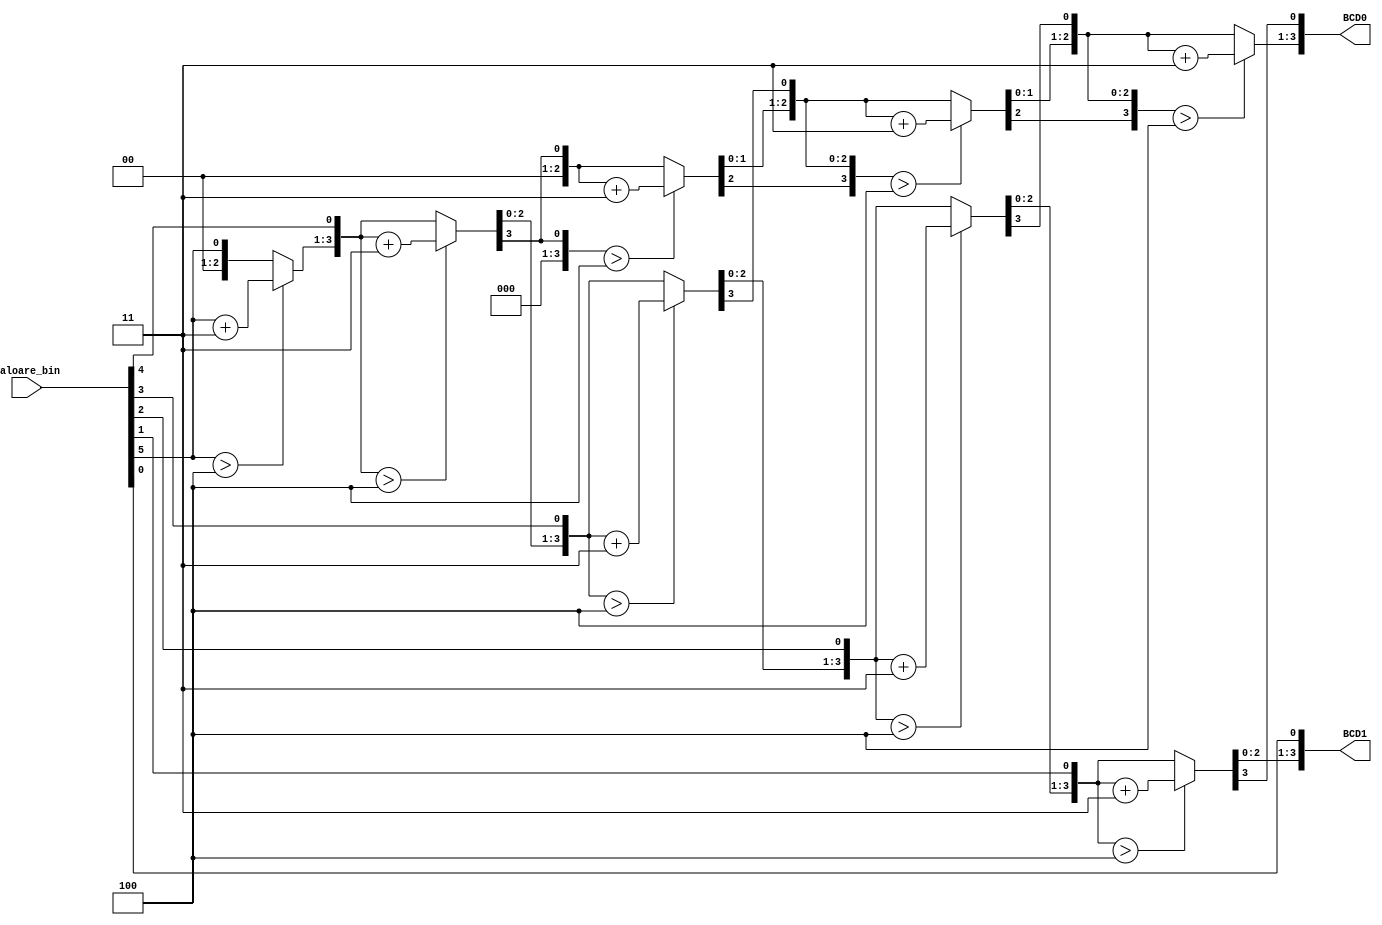
`timescale 1ns / 1ps
//////////////////////////////////////////////////////////////////////////////////
// Company: 
// Engineer: 
// 
// Design Name: 
// Module Name: bin2bcd
// Project Name: 
// Target Devices: 
// Tool Versions: 
// Description: 
// 
// Dependencies: 
// 
// Revision:
// Revision 0.01 - File Created
// Additional Comments:
// 
//////////////////////////////////////////////////////////////////////////////////


module bin2bcd(BCD1, BCD0, valoare_bin);
input [5:0]valoare_bin;
output [3:0]BCD1, BCD0;

integer i;
reg [7:0]bcd;

always @(valoare_bin)
    begin
        bcd = 0;
        for (i = 0; i < 6; i = i+1)
        begin
            bcd = {bcd[6:0], valoare_bin[5-i]};
       
            if((i < 5) && (bcd[3:0] > 4))
                bcd[3:0] = bcd[3:0] + 3;
            
            if(i < 5 && bcd[7:4] > 4)
                bcd[7:4] = bcd[7:4] + 3;
        end
    end
 
assign BCD0 = bcd[7:4];
assign BCD1 = bcd[3:0];
endmodule